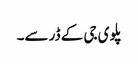
پلوی جی کے ڈر سے۔